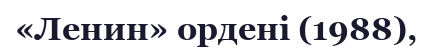
«Ленин» ордені (1988),